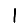
Digit: 1